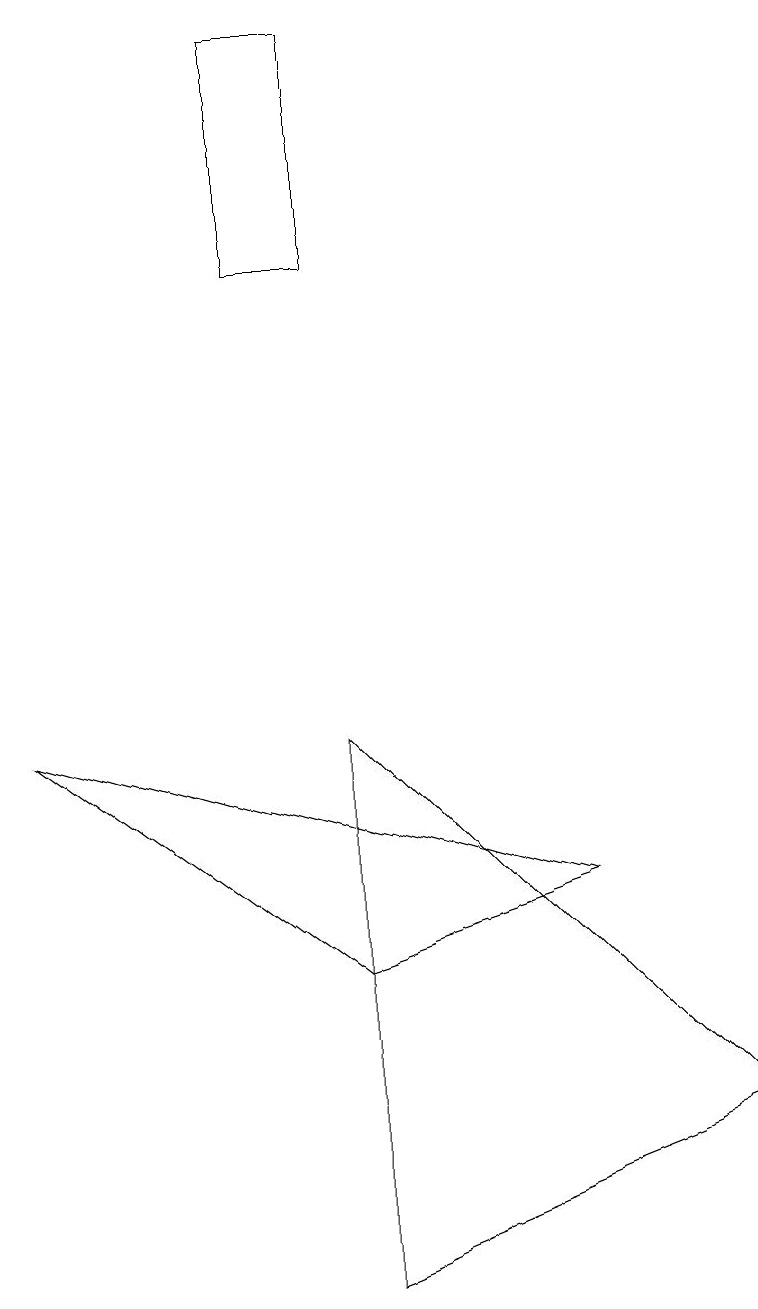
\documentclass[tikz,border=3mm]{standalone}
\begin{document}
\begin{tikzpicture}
\draw (7,7) -- (0,9) -- (4,6) -- cycle;
\draw (4,2) -- (4,9) -- (9,4) -- cycle;
\draw (3,15) rectangle (4,18);
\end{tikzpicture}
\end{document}